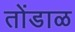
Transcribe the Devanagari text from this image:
तोंडाळ